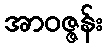
အာဝဇ္ဇန်း